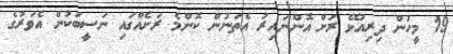
19 މީހުން ދިރިއުޅޭ ރަށް އޮންނައިރު އެތަނުން ކޮންމެ ރަށެއްގައި ނަސީބަކުން އެވަރުގެ